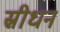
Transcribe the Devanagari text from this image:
स्रीधन